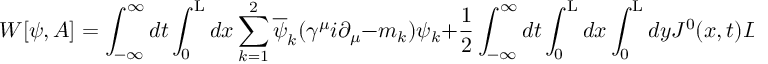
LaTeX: W [ { \psi } , A ] = \int _ { - \infty } ^ { \infty } d t \int _ { 0 } ^ { \mathrm { L } } d x \sum _ { k = 1 } ^ { 2 } \overline { { { \psi } } } _ { k } ( { \gamma } ^ { \mu } i { \partial } _ { \mu } - m _ { k } ) { \psi } _ { k } + \frac { 1 } { 2 } \int _ { - \infty } ^ { \infty } d t \int _ { 0 } ^ { \mathrm { L } } d x \int _ { 0 } ^ { \mathrm { L } } d y J ^ { 0 } ( x , t ) D ( x , y | \mathrm { L } ) J ^ { 0 } ( y , t )